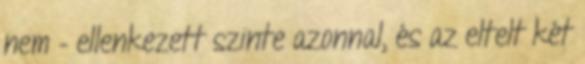
nem – ellenkezett szinte azonnal, és az eltelt két